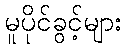
မူပိုင်ခွင့်များ